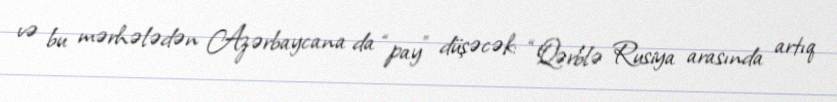
və bu mərhələdən Azərbaycana da “pay” düşəcək: “Qərblə Rusiya arasında artıq